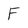
Character: F